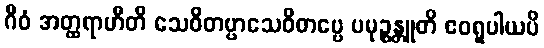
ဂီဝံ အတ္ထရာဟီတိ သေဝိတဗ္ဗာသေဝိတဗ္ဗေ ပမုဉ္စန္တူတိ ဧဝရူပါယပိ